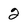
Character: 2